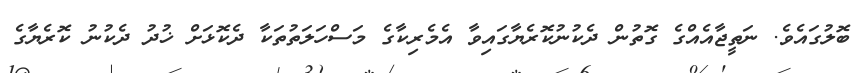
ބޮލުގައެވެ. ނަތީޖާއެއްގެ ގޮތުން ދެކުނުކޮރެޔާގައިވާ އެމެރިކާގެ މަސްހަލަތުތަކާ ދެކޮޅަށް ޚުދު ދެކުނު ކޮރެޔާގެ